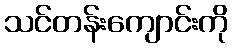
သင်တန်းကျောင်းကို